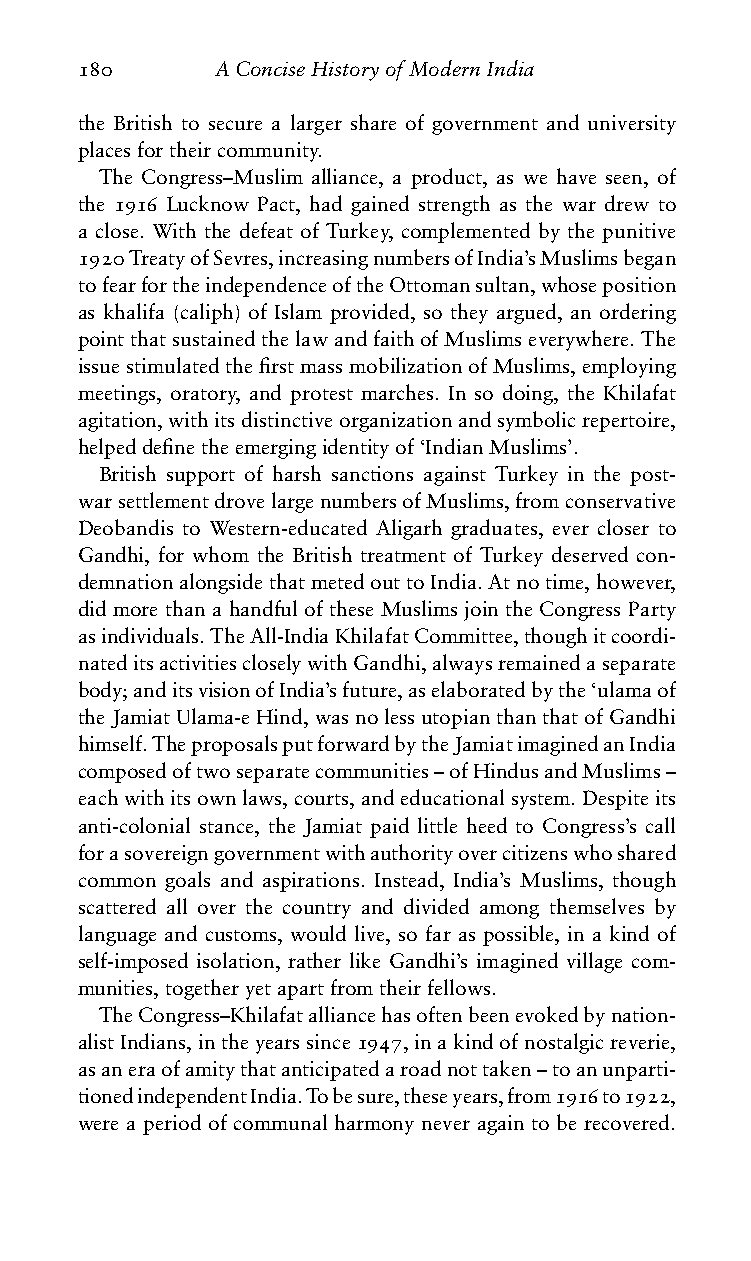
180      AConciseHistoryofModernIndia
 the British to secure a larger share of government and university
 placesfortheircommunity.
 The Congress–Muslim alliance, a product, as we have seen, of
 the 1916 Lucknow Pact, had gained strength as the war drew to
 a close. With the defeat of Turkey, complemented by the punitive
 1920TreatyofSevres,increasingnumbersofIndia’sMuslimsbegan
 tofearfortheindependenceoftheOttomansultan,whoseposition
 as khalifa (caliph) of Islam provided, so they argued, an ordering
 pointthatsustainedthelawandfaithofMuslimseverywhere.The
 issuestimulatedthefirstmassmobilizationofMuslims,employing
 meetings, oratory, and protest marches. In so doing, the Khilafat
 agitation,withitsdistinctiveorganizationandsymbolicrepertoire,
 helpeddefinetheemergingidentityof‘IndianMuslims’.
 British support of harsh sanctions against Turkey in the post-
 warsettlementdrovelargenumbersofMuslims,fromconservative
 Deobandis to Western-educated Aligarh graduates, ever closer to
 Gandhi, for whom the British treatment of Turkey deserved con-
 demnationalongsidethatmetedouttoIndia.Atnotime,however,
 did more than a handful of these Muslims join the Congress Party
 asindividuals.TheAll-IndiaKhilafatCommittee,thoughitcoordi-
 nateditsactivitiescloselywithGandhi,alwaysremainedaseparate
 body;anditsvisionofIndia’sfuture,aselaboratedbythe‘ulamaof
 theJamiatUlama-eHind,wasnolessutopianthanthatofGandhi
 himself.TheproposalsputforwardbytheJamiatimaginedanIndia
 composedoftwoseparatecommunities–ofHindusandMuslims–
 eachwithitsownlaws,courts,andeducationalsystem.Despiteits
 anti-colonial stance, the Jamiat paid little heed to Congress’s call
 forasovereigngovernmentwithauthorityovercitizenswhoshared
 common goals and aspirations. Instead, India’s Muslims, though
 scattered all over the country and divided among themselves by
 language and customs, would live, so far as possible, in a kind of
 self-imposed isolation, rather like Gandhi’s imagined village com-
 munities,togetheryetapartfromtheirfellows.
 TheCongress–Khilafatalliancehasoftenbeenevokedbynation-
 alistIndians,intheyearssince1947,inakindofnostalgicreverie,
 asaneraofamitythatanticipatedaroadnottaken–toanunparti-
 tionedindependentIndia.Tobesure,theseyears,from1916to1922,
 were a period of communal harmony never again to be recovered.